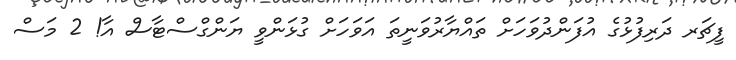
ފީޗަރ ދަރިފުޅުގެ އުފަންދުވަހަށް ތައްޔާރުވަނީތަ އަވަހަށް ގުޅަންވީ ޔަންގްސްޓާސް އާ! 2 މަސް